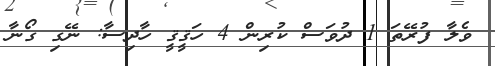
ވެލާ ފުރޭތަ 1 ދުވަސް ކުރިން 4 ހަޤީޤީ ހާދިސާ: ނޭގި ގޯނާ